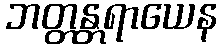
ဘတ္တန္တရာယေန